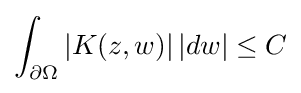
\displaystyle {\int _{\partial \Omega }|K(z,w)|\,|dw|\leq C}